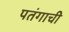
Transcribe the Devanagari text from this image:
पतंगाची